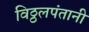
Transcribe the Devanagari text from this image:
विठ्ठलपंतानी